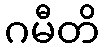
ဂမီတိ